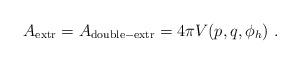
LaTeX: \begin{align*}A_{\rm extr} =A_{\rm double-extr} = 4\pi V(p,q,\phi_h)\ .\end{align*}